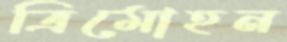
ত্রিমোহন